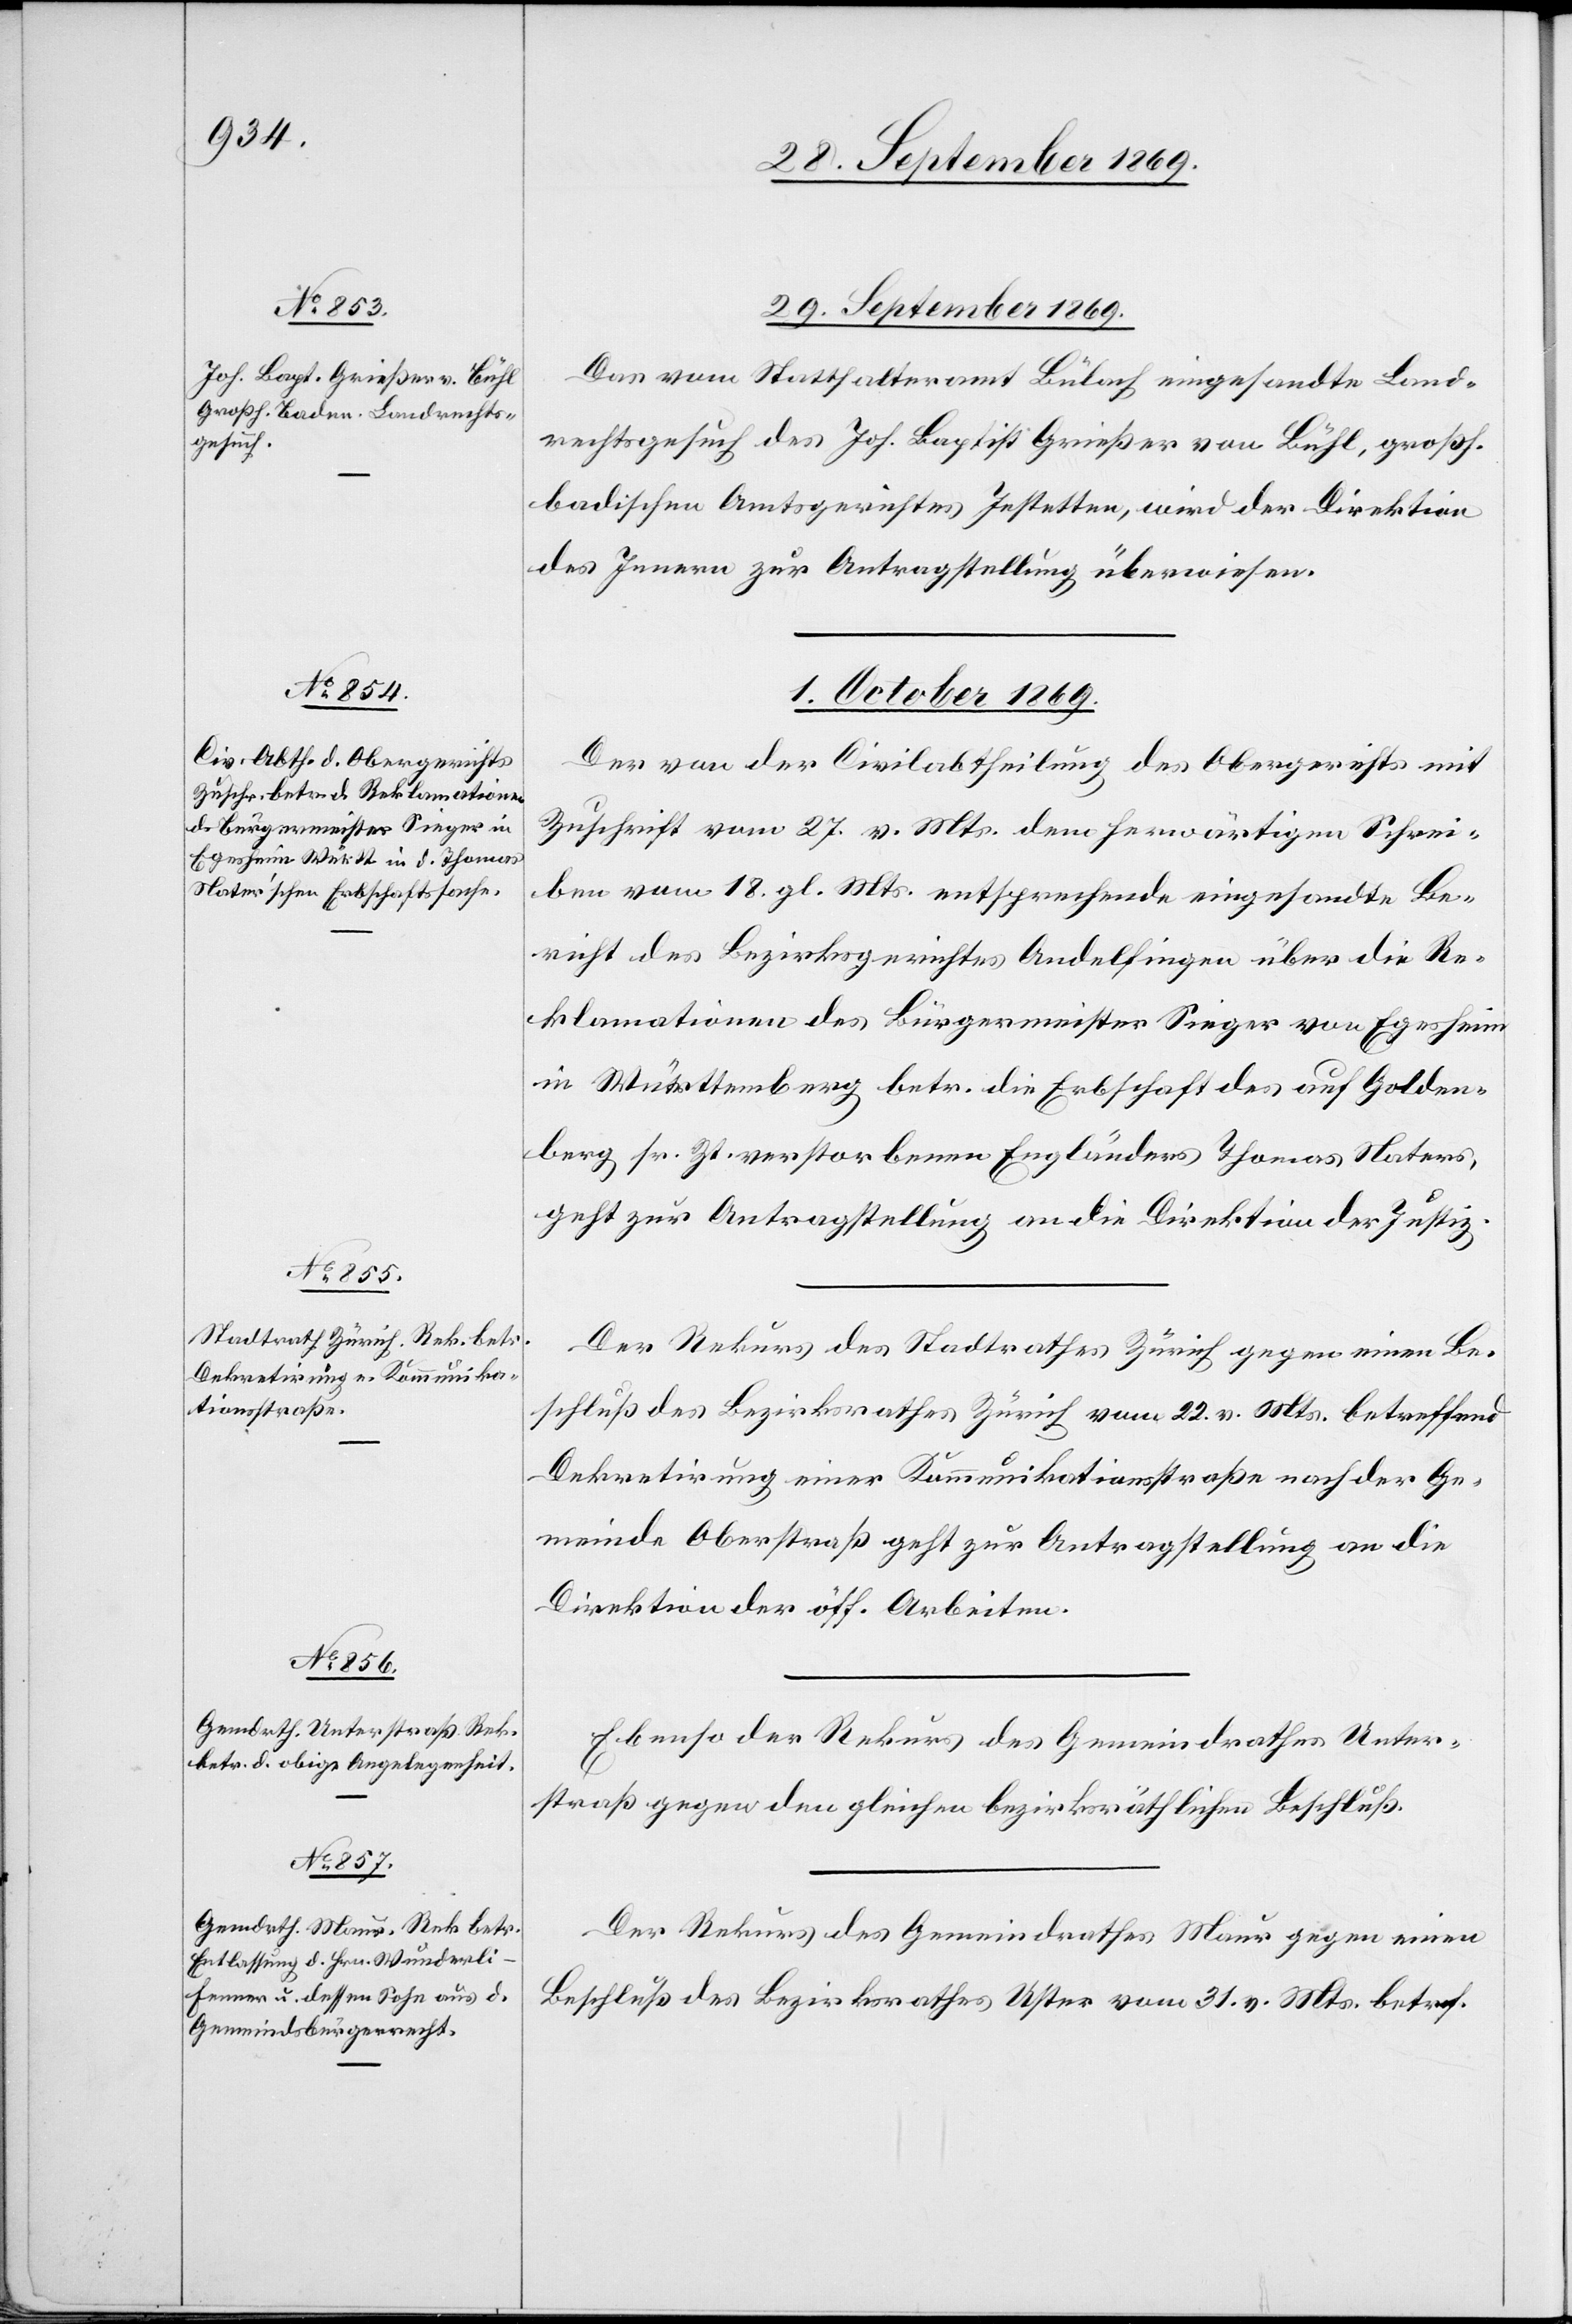
29. September 1869.
Das vom Statthalteramt Bülach eingesandte Land¬
rechtsgesuch des Joh. Baptist Grießer von Bühl, großh.
badischen Amtsgerichtes Jestetten, wird der Direktion
des Innern zur Antragstellung überwiesen.
1. October 1869.]
Der von der Civilabtheilung des Obergerichts mit
Zuschrift vom 27. v. Mts. dem herwärtigen Schrei¬
ben vom 18. gl. Mts. entsprechende eingesandte Be¬
richt des Bezirksgerichtes Andelfingen über die Re¬
klamationen des Bürgermeister Sieger von Egesheim
in Württemberg betr. die Erbschaft des auf Golden¬
berg sr. Zt. verstorbenen Engländers Thomas Naters,
geht zur Antragstellung an die Direktion der Justiz.
Der Rekurs des Stadtrathes Zürich gegen einen Be¬
schluß des Bezirksrathes Zürich vom 22. v. Mts. betreffend
Dekretirung einer Kommunikationsstraße nach der Ge¬
meinde Oberstraß geht zur Antragstellung an die
Direktion der öff. Arbeiten.
Ebenso der Rekurs des Gemeindrathes Unter¬
straß gegen den gleichen bezirksräthlichen Beschluß.
Der Rekurs des Gemeindrathes Maur gegen einen
Beschluß des Bezirksrathes Uster vom 31. v. Mts. betref.